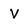
Character: v